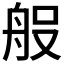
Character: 𮎆